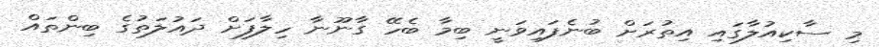
މި ސާކިއުލާގައި އިތުރަށް ބުނެފައިވަނީ ބިމާ ބެހޭ ގާނޫނާ ހިލާފަށް ދައުލަތުގެ ބިންތައް